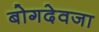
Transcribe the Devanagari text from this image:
बोगदेवजा